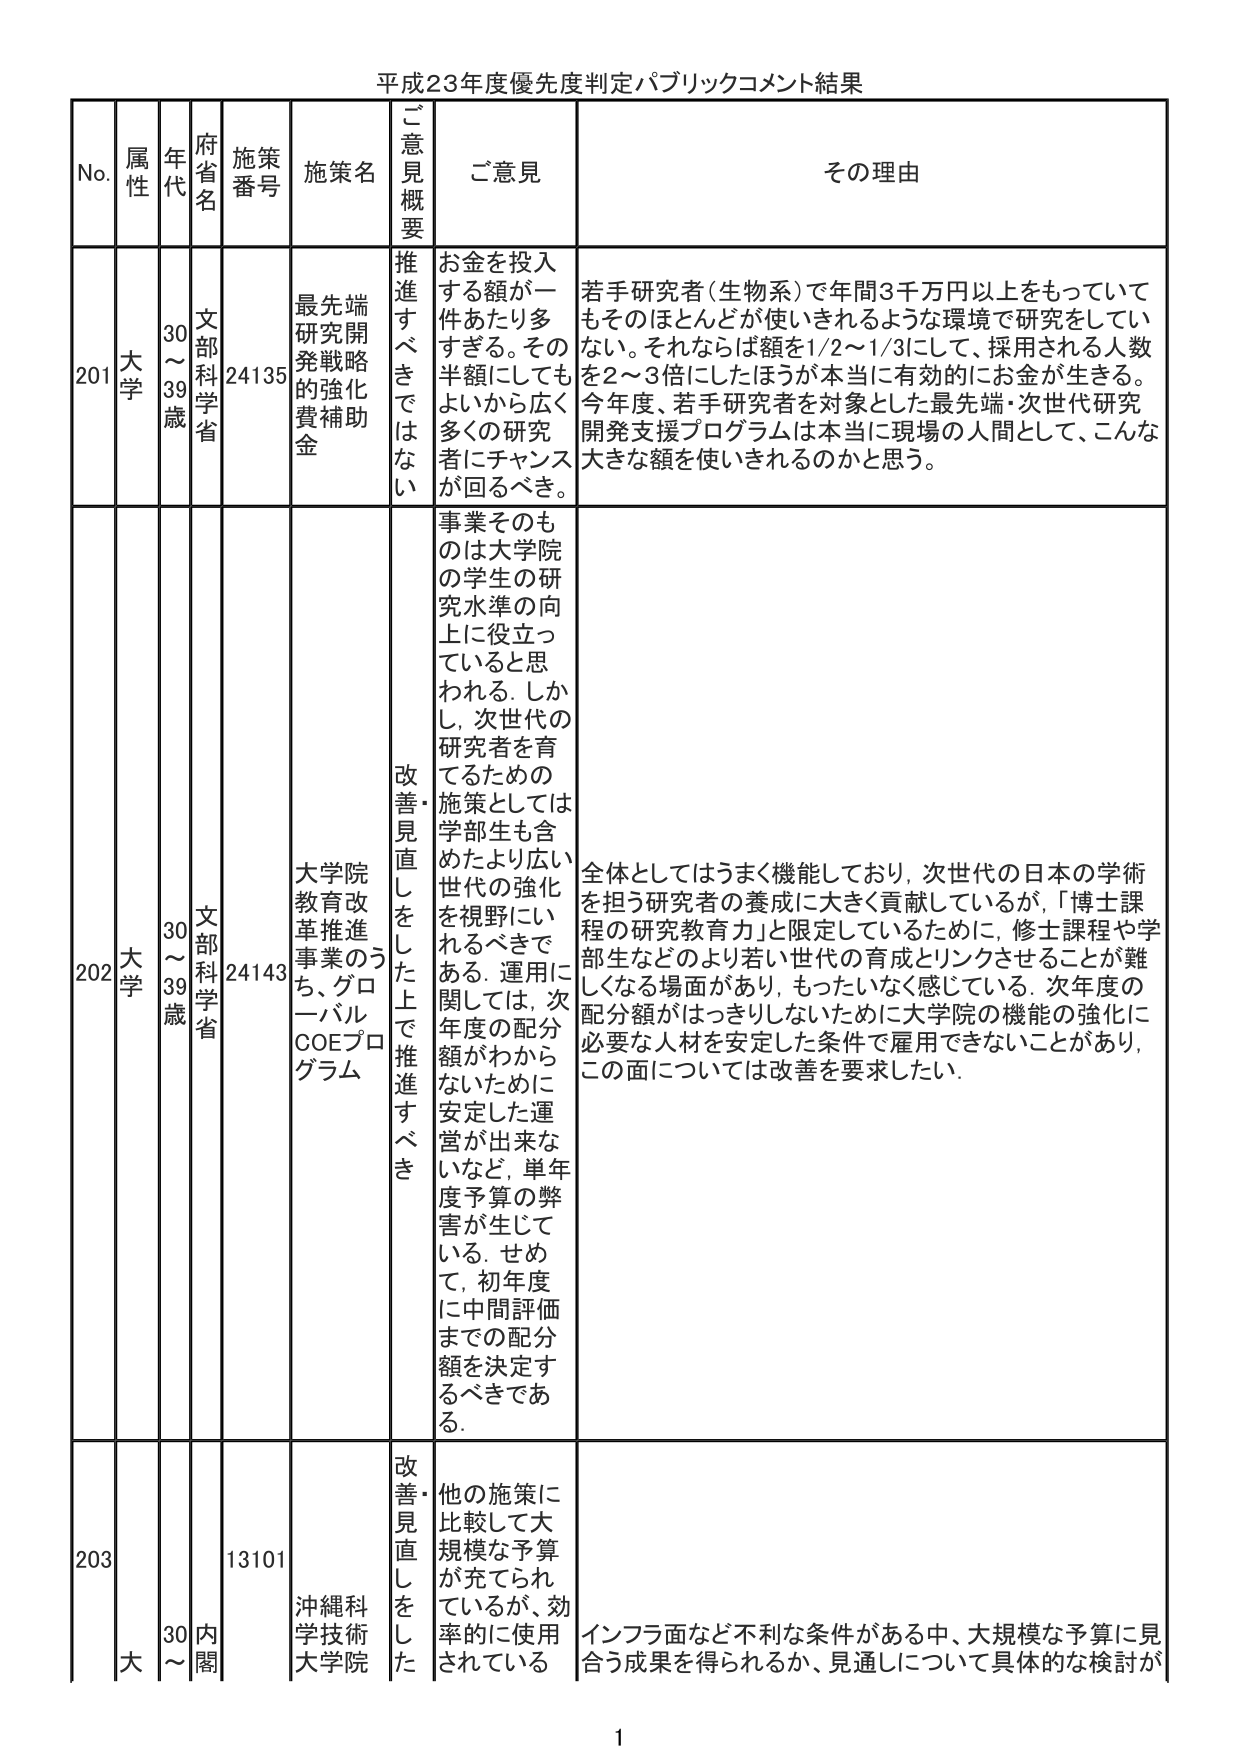
平成23年度優先度判定パブリックコメント結果

No. 属性 年代 府省名 施策番号 施策名 ご意見概要 ご意見 その理由

201 大学 30～39歳 文部科学省 24135 最先端研究開発戦略的強化費補助金 推進すべきではない お金を投入する額が一件あたり多すぎる。その半額にしてもよいから広く多くの研究者にチャンスが回るべき。 若手研究者（生物系）で年間3千万円以上をもっていてもそのほとんどが使いきれるような環境で研究をしていない。それならば額を1/2～1/3にして、採用される人数を2～3倍にしたほうが本当に有効にお金が生きる。今年度、若手研究者を対象とした最先端・次世代研究開発支援プログラムは本当に現場の人間として、こんな大きな額を使いきれるのかと思う。

202 大学 30～39歳 文部科学省 24143 大学院教育改革推進事業のうち、グローバルCOEプログラム 改善・見直しをした上で推進すべき 事業そのものは大学院の学生の研究水準の向上に役立っていると思われる。しかし、次世代の研究者を育てるための施策としては学部生も含めたより広い世代の強化を視野にいれるべきである。運用に関しては、次年度の配分額がわからないために安定した運営が出来ないなど、単年度予算の弊害が生じている。せめて、初年度に中間評価までの配分額を決定するべきである。 全体としてはうまく機能しており、次世代の日本の学術を担う研究者の養成に大きく貢献しているが、「博士課程の研究教育力」と限定しているために、修士課程や学部生などのより若い世代の育成とリンクさせることが難しくなる場面があり、もったいなく感じている。次年度の配分額がはっきりしないために大学院の機能の強化に必要な人材を安定した条件で雇用できないことがあり、この面については改善を要求したい。

203 大学 30～ 内閣 13101 沖縄科学技術大学院 改善・見直しをした 他の施策に比較して大規模な予算が充てられているが、効率的に使用されている インフラ面など不利な条件がある中、大規模な予算に見合う成果を得られるか、見通しについて具体的な検討が

1